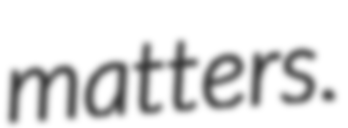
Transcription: matters.